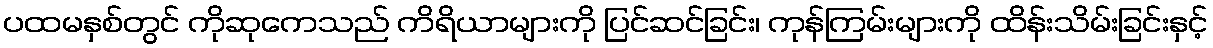
ပထမနှစ်တွင် ကိုဆုကေသည် ကိရိယာများကို ပြင်ဆင်ခြင်း၊ ကုန်ကြမ်းများကို ထိန်းသိမ်းခြင်းနှင့်